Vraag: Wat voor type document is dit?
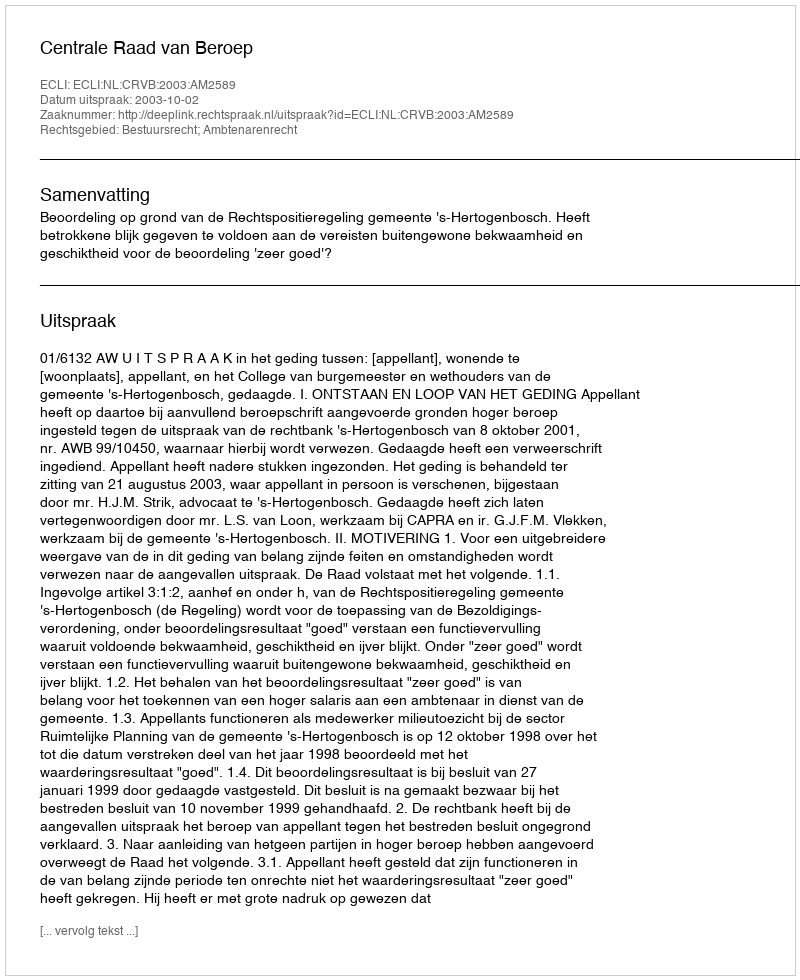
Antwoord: Uitspraak